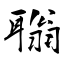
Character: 聬